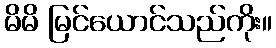
မိမိ မြင်ယောင်သည်ကိုး။